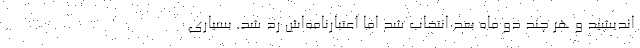
اندیشید و هر چند دو ماه بعد انتخاب شد اما اعتبارنامه‌اش رد شد. بسیاری